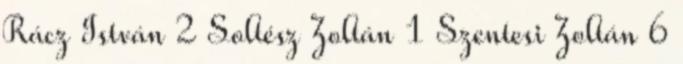
Rácz István 2 Soltész Zoltán 1 Szentesi Zoltán 6